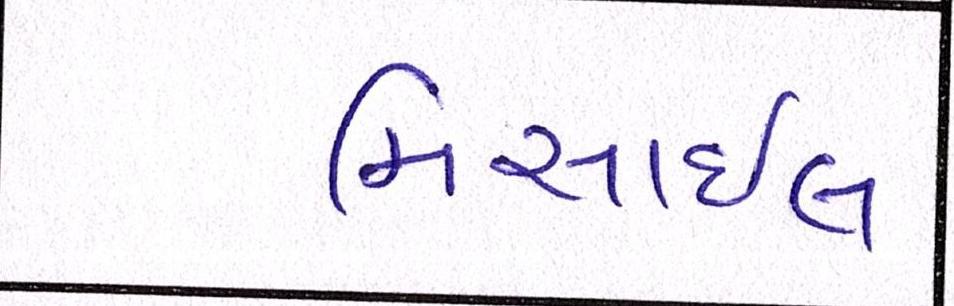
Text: મિસાઇલ